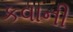
કવાની